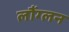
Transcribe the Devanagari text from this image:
लौंग्लन